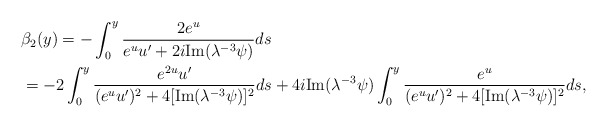
\begin{align*}&\beta_2(y)=-\int_0^y \frac{2 e^u}{e^u u^{\prime}+2i \mathrm{Im}(\lambda^{-3}\psi)} ds\\&=-2\int_0^y \frac{e^{2u} u^{\prime}}{(e^u u^{\prime} )^2+4[\mathrm{Im}(\lambda^{-3}\psi)]^2}ds+4i\mathrm{Im}(\lambda^{-3}\psi)\int_0^y\frac{e^u}{(e^u u^{\prime})^2 + 4[\mathrm{Im}(\lambda^{-3}\psi)]^2}ds,\end{align*}